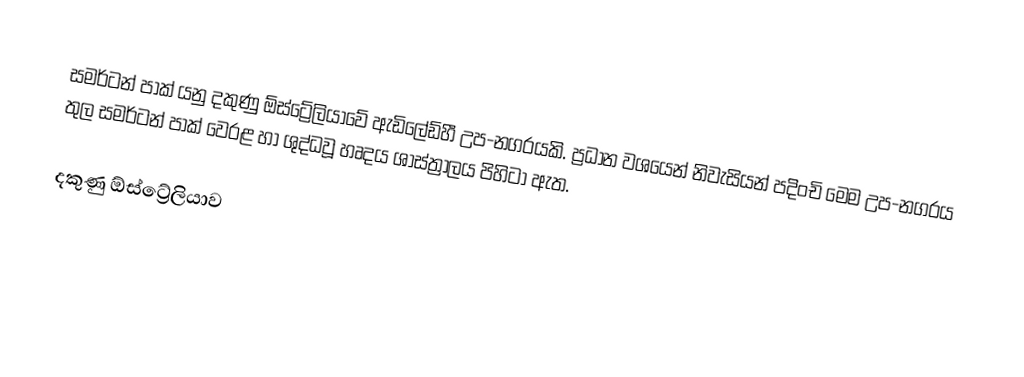
සමර්ටන් පාක් යනු දකුණු ඕස්ට්‍රේලියාවේ ඇඩිලේඩ්හී උප-නගරයකි. ප්‍රධාන වශයෙන් නිවැසියන් පදිංචි මෙම උප-නගරය තුල සමර්ටන් පාක් වෙරළ හා ශුද්ධවූ හෘදය ශාස්ත්‍රාලය පිහිටා ඇත.

දකුණු ඕස්ට්‍රේලියාව